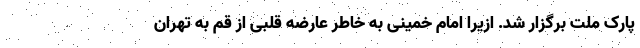
پارک ملت برگزار شد. ازیرا امام خمینی به خاطر عارضه قلبی از قم به تهران